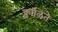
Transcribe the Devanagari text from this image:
क्वालिते